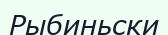
Рыбиньски